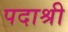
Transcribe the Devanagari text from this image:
पदाश्री